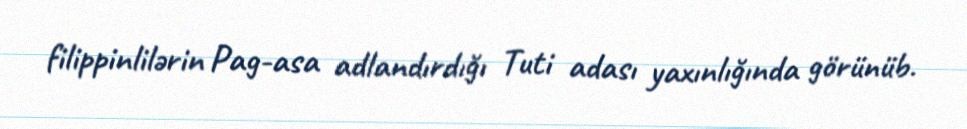
filippinlilərin Pag-asa adlandırdığı Tuti adası yaxınlığında görünüb.